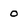
Character: 0